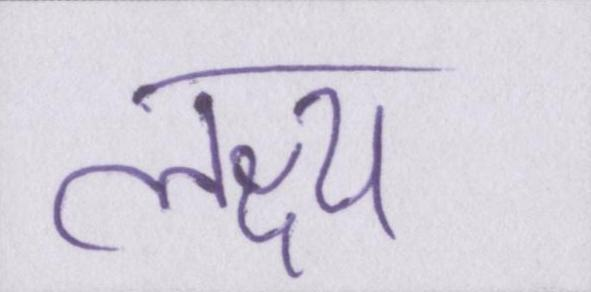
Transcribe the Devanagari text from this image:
लक्ष्य